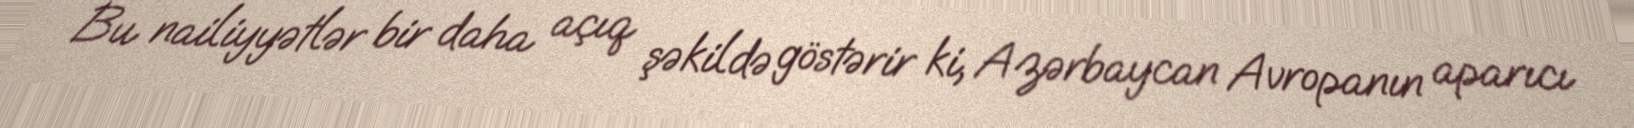
Bu nailiyyətlər bir daha açıq şəkildə göstərir ki, Azərbaycan Avropanın aparıcı